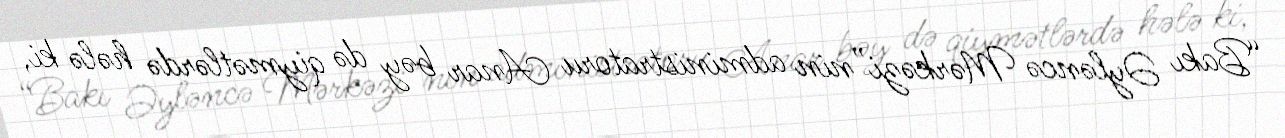
“Bakı Əyləncə Mərkəzi”nin administratoru Anar bəy də qiymətlərdə hələ ki,